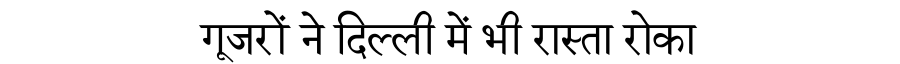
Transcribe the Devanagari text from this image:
गूजरों ने दिल्ली में भी रास्ता रोका